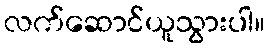
လက်ဆောင်ယူသွားပါ။